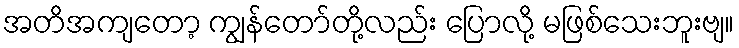
အတိအကျတော့ ကျွန်တော်တို့လည်း ပြောလို့ မဖြစ်သေးဘူးဗျ။